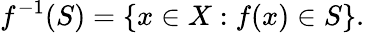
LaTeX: f^{-1}(S)=\left\{ x\in X:f(x)\in S\right\} .